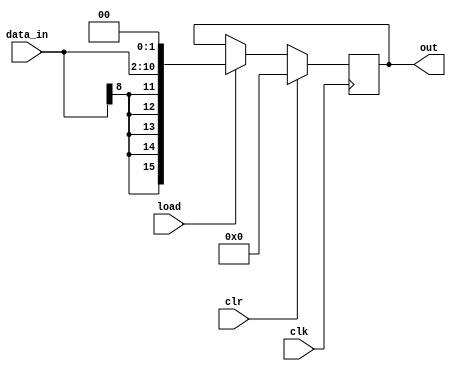
`timescale 1ns/1ps

module pp_reg2(clk, clr, data_in, load, out);
    input clk, clr, load;
    output reg [15:0]out;
    input [8:0]data_in;
    
    always@(posedge clk)
    begin
        if(clr)begin
            out <= 0;
            end
        else if(load)
            begin
//                out[1:0] <= 2'b0;
//                out[10:2] <= data_in;
//                out[15:11] <= data_in[8];
                out <= {data_in[8],data_in[8],data_in[8],data_in[8],data_in[8],data_in,2'b0};
             end 
             
        else 
            out <= out; 
    end
endmodule